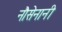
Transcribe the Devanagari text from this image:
नौसेनानी